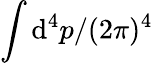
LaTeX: \int\mathrm{d}^{4}p/(2\pi)^{4}